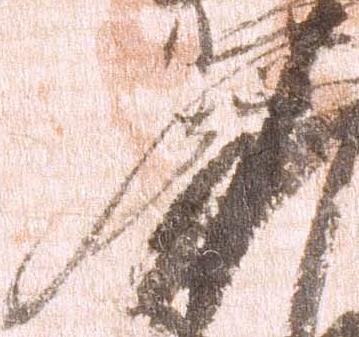
原